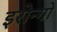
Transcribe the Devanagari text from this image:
इरोन्गो